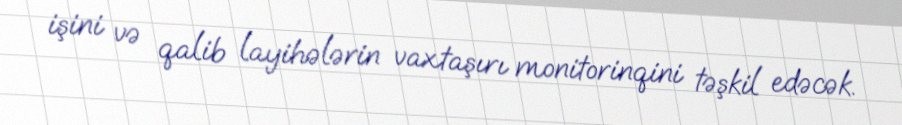
işini və qalib layihələrin vaxtaşırı monitorinqini təşkil edəcək.